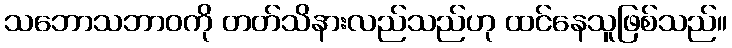
သဘောသဘာဝကို တတ်သိနားလည်သည်ဟု ထင်နေသူဖြစ်သည်။